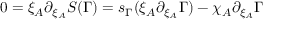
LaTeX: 0 = \xi _ { A } \partial _ { \xi _ { A } } { \cal S } ( \Gamma ) = s _ { \Gamma } ( \xi _ { A } \partial _ { \xi _ { A } } \Gamma ) - \chi _ { A } \partial _ { \xi _ { A } } \Gamma